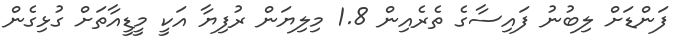
ފަންޑަށް ލިބުނު ފައިސާގެ ތެރެއިން 1.8 މިލިޔަން ރުފިޔާ އަކީ މީޑީއާތަށް ގުޅިގެން